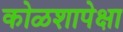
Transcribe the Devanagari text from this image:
कोळशापेक्षा